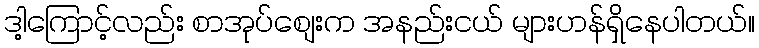
ဒါ့ကြောင့်လည်း စာအုပ်စျေးက အနည်းငယ် များဟန်ရှိနေပါတယ်။